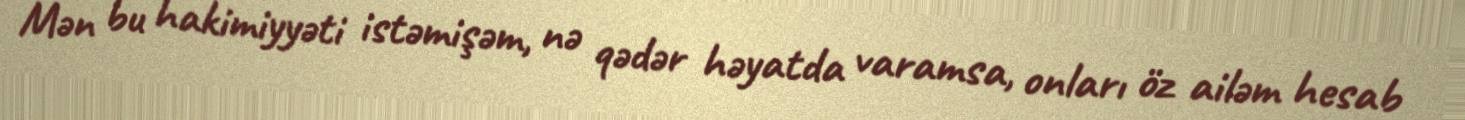
Mən bu hakimiyyəti istəmişəm, nə qədər həyatda varamsa, onları öz ailəm hesab